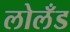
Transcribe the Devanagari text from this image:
लोलँड